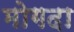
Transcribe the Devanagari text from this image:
मोगदा